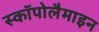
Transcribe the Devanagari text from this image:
स्कॉपोलैमाइन